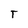
Character: T